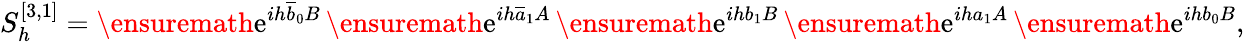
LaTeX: S_{h}^{[3,1]}=\ensuremath{\mathrm{e}}^{ih\overline{{b}}_{0}B}\, \ensuremath{\mathrm{e}}^{ih\overline{{a}}_{1}A}\, \ensuremath{\mathrm{e}}^{ihb_{1}B}\, \ensuremath{\mathrm{e}}^{iha_{1}A}\, \ensuremath{\mathrm{e}}^{ihb_{0}B},